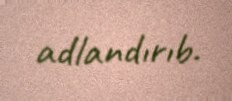
adlandırıb.